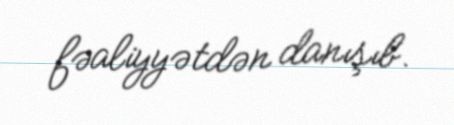
fəaliyyətdən danışıb.